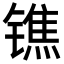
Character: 𨱓